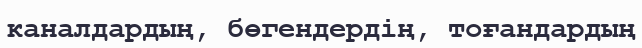
каналдардың, бөгендердің, тоғандардың